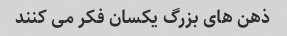
ذهن های بزرگ یکسان فکر می کنند